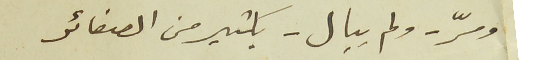
ومّر - ولم يبال - بكثير من الصغائر